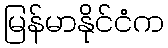
မြန်မာနိုင်ငံက